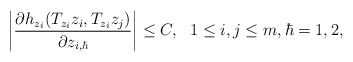
\begin{align*}\bigg|\frac{\partial h_{z_i}(T_{z_i}z_i, T_{z_i}z_j)}{\partial z_{i,\hbar}}\bigg|\leq C, \ \ 1\leq i,j\leq m, \hbar=1,2,\end{align*}